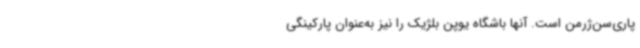
پاری‌سن‌ژرمن است. آنها باشگاه یوپن بلژیک را نیز به‌عنوان پارکینگی